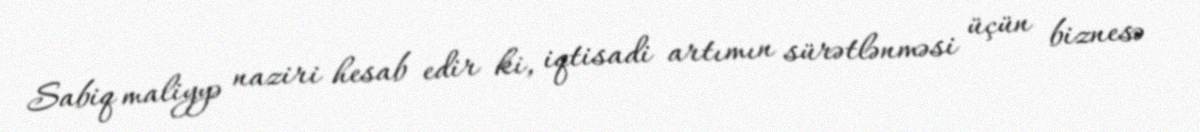
Sabiq maliyyə naziri hesab edir ki, iqtisadi artımın sürətlənməsi üçün biznesə